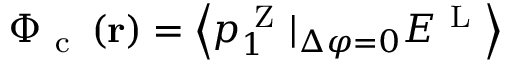
\Phi _ { \mathrm { ~ c ~ } } \left( \mathbf { r } \right) = \left\langle { p _ { 1 } ^ { \mathrm { ~ Z ~ } } | _ { \Delta \varphi = 0 } E ^ { \mathrm { ~ L ~ } } } \right\rangle